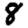
Digit: 8